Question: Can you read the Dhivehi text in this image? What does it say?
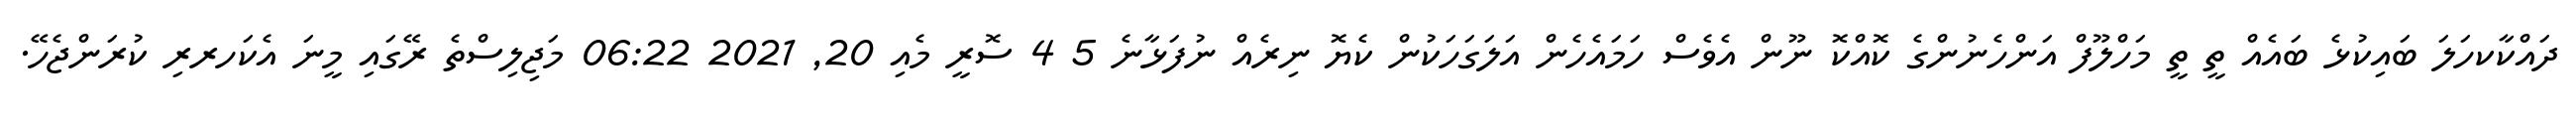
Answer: ދައްކާކހަލަ ބައިކުޅެ ބައެއް ތީ ތީ މަހްލޫފް އަންހެނުންގެ ކޮއްކޮ ނޫން އެވެސް ހަމައެހެން އަލަގަހަކުން ކެޔޮ ނިރެއް ނުފަޅާނެ 5 4 ސޮރީ މެއި 20, 2021 06:22 މަޖިލިސްތެ ރޭގައި މީނަ އެކަހރރި ކުރަންޖެހޭ.